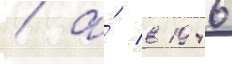
/ а́ в 1946